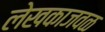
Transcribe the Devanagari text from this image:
लेखकाजवळ